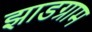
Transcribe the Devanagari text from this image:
झाडग्राम